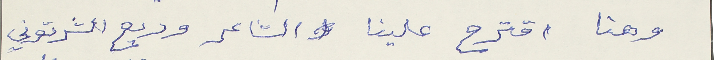
وهنا اقترح علينا الشاعر وديع الشرتوني